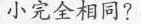
小完全相同?